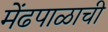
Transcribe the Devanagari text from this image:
मेंढपाळाची